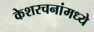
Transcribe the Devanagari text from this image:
केशरचनांमध्ये